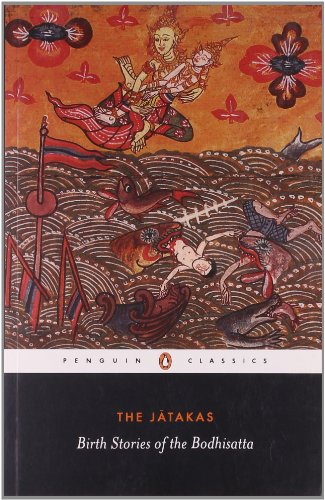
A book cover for The Jatakas: Birth Stories of the Bodhisatta (Penguin Classics); Sara Janet Shaw; Literature & Fiction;